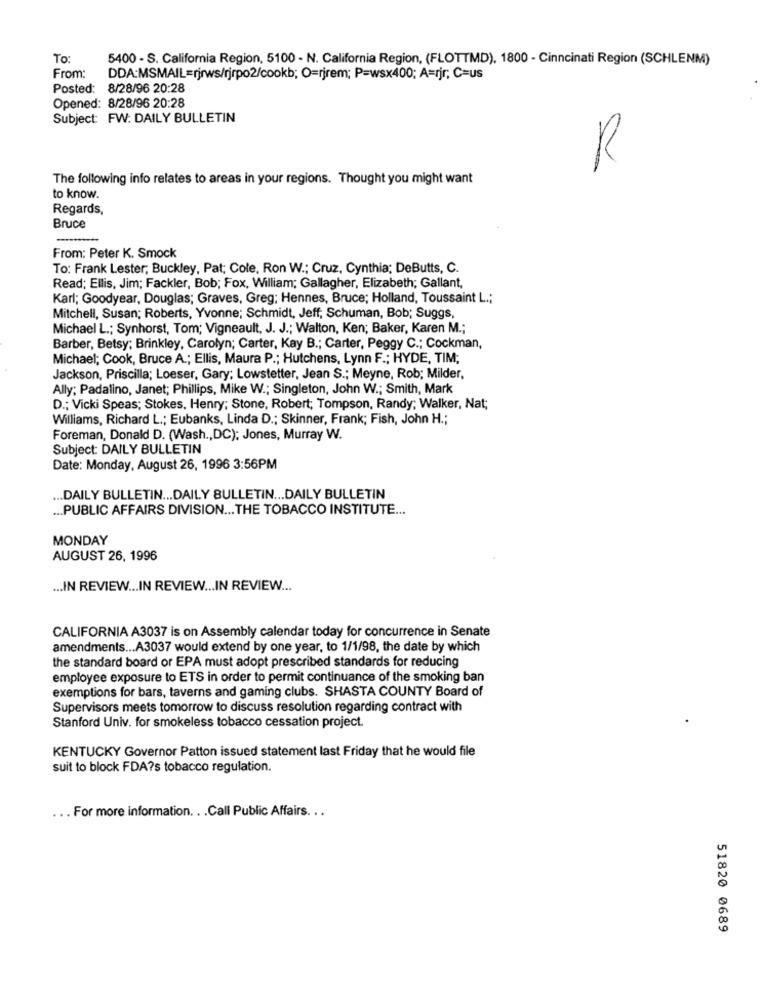
To:
5400 - S. California Region, 5100 - N. California Region, (FLOTTMD), 1800 - Cinncinati Region (SCHLENM)
From:
DDA:MSMAIL=rjrws/rjrpo2/cookb; O=rirem; P=wsx400; A=rjr; C=us
Posted:
8/28/96 20:28
Opened: 8/28/96 20:28
Subject: FW: DAILY BULLETIN
R
The following info relates to areas in your regions. Thought you might want
to know.
Regards,
Bruce
From: Peter K. Smock
To: Frank Lester; Buckley, Pat; Cole, Ron W .; Cruz, Cynthia; DeButts, C.
Read; Ellis, Jim; Fackler, Bob; Fox, William; Gallagher, Elizabeth; Gallant,
Karl; Goodyear, Douglas; Graves, Greg; Hennes, Bruce; Holland, Toussaint L .;
Mitchell, Susan; Roberts, Yvonne; Schmidt, Jeff, Schuman, Bob; Suggs,
Michael L .; Synhorst, Tom; Vigneault, J. J .; Walton, Ken; Baker, Karen M .;
Barber, Betsy; Brinkley, Carolyn; Carter, Kay B .; Carter, Peggy C .; Cockman,
Michael; Cook, Bruce A .; Ellis, Maura P .; Hutchens, Lynn F .; HYDE, TIM;
Jackson, Priscilla; Loeser, Gary; Lowstetter, Jean S .; Meyne, Rob; Milder,
Ally; Padalino, Janet; Phillips, Mike W .; Singleton, John W .; Smith, Mark
D .; Vicki Speas; Stokes, Henry; Stone, Robert; Tompson, Randy; Walker, Nat;
Williams, Richard L .; Eubanks, Linda D .; Skinner, Frank; Fish, John H .;
Foreman, Donald D. (Wash ., DC); Jones, Murray W.
Subject: DAILY BULLETIN
Date: Monday, August 26, 1996 3:56PM
... DAILY BULLETIN ... DAILY BULLETIN ... DAILY BULLETIN
... PUBLIC AFFAIRS DIVISION ... THE TOBACCO INSTITUTE ...
MONDAY
AUGUST 26, 1996
... IN REVIEW ... IN REVIEW ... IN REVIEW ...
CALIFORNIA A3037 is on Assembly calendar today for concurrence in Senate
amendments ... A3037 would extend by one year, to 1/1/98, the date by which
the standard board or EPA must adopt prescribed standards for reducing
employee exposure to ETS in order to permit continuance of the smoking ban
exemptions for bars, taverns and gaming clubs. SHASTA COUNTY Board of
Supervisors meets tomorrow to discuss resolution regarding contract with
Stanford Univ. for smokeless tobacco cessation project.
KENTUCKY Governor Patton issued statement last Friday that he would file
suit to block FDA?s tobacco regulation.
... For more information. . . Call Public Affairs. . .
51820 0689